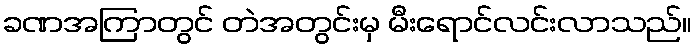
ခဏအကြာတွင် တဲအတွင်းမှ မီးရောင်လင်းလာသည်။